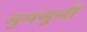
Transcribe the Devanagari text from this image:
गुनगुनी